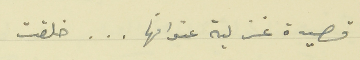
قصيدة غزلية عنوانها . . . خلقت